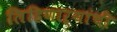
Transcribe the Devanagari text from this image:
लिहिणाऱ्यांची